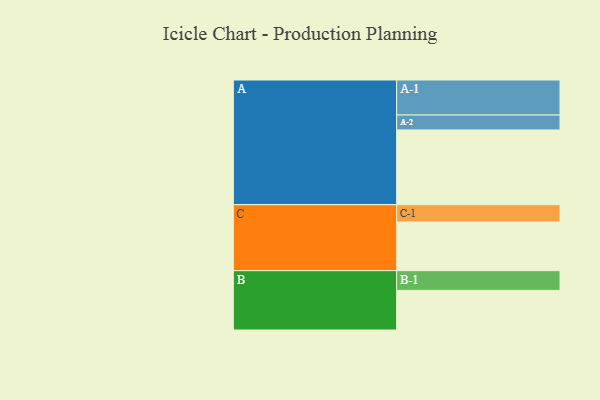
{"axis": {"x": "Segment", "y": "Value"}, "legend": ["", "A", "B", "C"], "data": [{"x": "A", "y": 587, "type": ""}, {"x": "B", "y": 311, "type": ""}, {"x": "C", "y": 382, "type": ""}, {"x": "A-1", "y": 275, "type": "A"}, {"x": "A-2", "y": 117, "type": "A"}, {"x": "B-1", "y": 155, "type": "B"}, {"x": "C-1", "y": 136, "type": "C"}]}